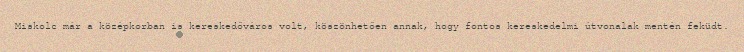
Miskolc már a középkorban is kereskedőváros volt, köszönhetően annak, hogy fontos kereskedelmi útvonalak mentén feküdt.